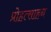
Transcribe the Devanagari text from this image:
प्रोहत्साहन